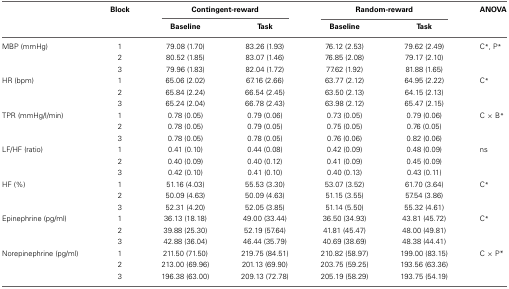
<table><thead><tr><td></td><td><b>Block</b></td><td colspan="2"><b>Contingent-reward</b></td><td colspan="2"><b>Random-reward</b></td><td><b>ANOVA</b></td></tr><tr><td></td><td></td><td><b>Baseline</b></td><td><b>Task</b></td><td><b>Baseline</b></td><td><b>Task</b></td><td></td></tr></thead><tbody><tr><td>MBP (mmHg)</td><td>1</td><td>79.08 (1.70)</td><td>83.26 (1.93)</td><td>76.12 (2.53)</td><td>79.62 (2.49)</td><td>C<sup>*</sup>, P<sup>*</sup></td></tr><tr><td></td><td>2</td><td>80.52 (1.85)</td><td>83.07 (1.46)</td><td>76.85 (2.08)</td><td>79.17 (2.10)</td><td></td></tr><tr><td></td><td>3</td><td>79.96 (1.83)</td><td>82.04 (1.72)</td><td>77.62 (1.92)</td><td>81.88 (1.65)</td><td></td></tr><tr><td>HR (bpm)</td><td>1</td><td>65.06 (2.02)</td><td>67.16 (2.66)</td><td>63.77 (2.12)</td><td>64.95 (2.22)</td><td>C<sup>*</sup></td></tr><tr><td></td><td>2</td><td>65.84 (2.24)</td><td>66.54 (2.45)</td><td>63.50 (2.13)</td><td>64.15 (2.13)</td><td></td></tr><tr><td></td><td>3</td><td>65.24 (2.04)</td><td>66.78 (2.43)</td><td>63.98 (2.12)</td><td>65.47 (2.15)</td><td></td></tr><tr><td>TPR (mmHg/l/min)</td><td>1</td><td>0.78 (0.05)</td><td>0.79 (0.06)</td><td>0.73 (0.05)</td><td>0.79 (0.06)</td><td>C × B<sup>*</sup></td></tr><tr><td></td><td>2</td><td>0.78 (0.05)</td><td>0.79 (0.05)</td><td>0.75 (0.05)</td><td>0.76 (0.05)</td><td></td></tr><tr><td></td><td>3</td><td>0.78 (0.05)</td><td>0.78 (0.05)</td><td>0.76 (0.06)</td><td>0.82 (0.06)</td><td></td></tr><tr><td>LF/HF (ratio)</td><td>1</td><td>0.41 (0.10)</td><td>0.44 (0.08)</td><td>0.42 (0.09)</td><td>0.48 (0.09)</td><td>ns</td></tr><tr><td></td><td>2</td><td>0.40 (0.09)</td><td>0.40 (0.12)</td><td>0.41 (0.09)</td><td>0.45 (0.09)</td><td></td></tr><tr><td></td><td>3</td><td>0.42 (0.10)</td><td>0.41 (0.10)</td><td>0.40 (0.13)</td><td>0.43 (0.11)</td><td></td></tr><tr><td>HF (%)</td><td>1</td><td>51.16 (4.03)</td><td>55.53 (3.30)</td><td>53.07 (3.52)</td><td>61.70 (3.64)</td><td>C<sup>*</sup></td></tr><tr><td></td><td>2</td><td>50.09 (4.63)</td><td>50.09 (4.63)</td><td>51.15 (3.55)</td><td>57.54 (3.86)</td><td></td></tr><tr><td></td><td>3</td><td>52.31 (4.20)</td><td>52.05 (3.85)</td><td>51.14 (5.50)</td><td>55.32 (4.61)</td><td></td></tr><tr><td>Epinephrine (pg/ml)</td><td>1</td><td>36.13 (18.18)</td><td>49.00 (33.44)</td><td>36.50 (34.93)</td><td>43.81 (45.72)</td><td>C<sup>*</sup></td></tr><tr><td></td><td>2</td><td>39.88 (25.30)</td><td>52.19 (57.64)</td><td>41.81 (45.47)</td><td>48.00 (49.81)</td><td></td></tr><tr><td></td><td>3</td><td>42.88 (36.04)</td><td>46.44 (35.79)</td><td>40.69 (38.69)</td><td>48.38 (44.41)</td><td></td></tr><tr><td>Norepinephrine (pg/ml)</td><td>1</td><td>211.50 (71.50)</td><td>219.75 (84.51)</td><td>210.82 (58.97)</td><td>199.00 (83.15)</td><td>C × P<sup>*</sup></td></tr><tr><td></td><td>2</td><td>213.00 (69.96)</td><td>201.13 (69.90)</td><td>203.75 (59.25)</td><td>193.56 (63.36)</td><td></td></tr><tr><td></td><td>3</td><td>196.38 (63.00)</td><td>209.13 (72.78)</td><td>205.19 (58.29)</td><td>193.75 (54.19)</td><td></td></tr></tbody></table>